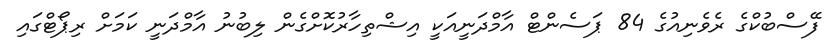
ފޭސްބުކްގެ ރެވެނިއުގެ 84 ޕަސެންޓް އާމްދަނީއަކީ އިޝްތިހާރުކޮށްގެން ލިބުނު އާމްދަނީ ކަމަށް ރިޕޯޓްގައި